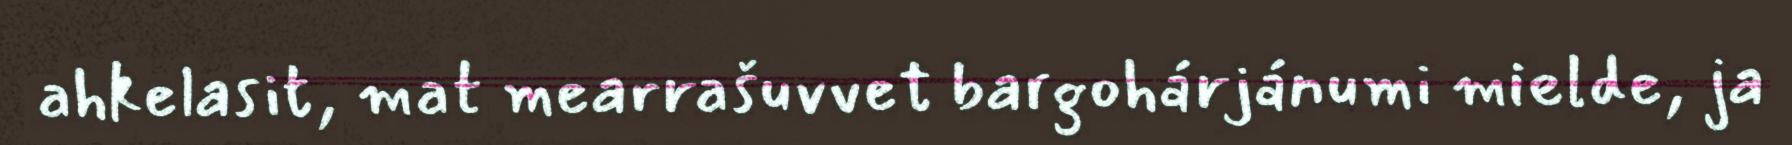
ahkelasit, mat mearrašuvvet bargohárjánumi mielde, ja